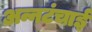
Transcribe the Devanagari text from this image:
अन्नटंचाई